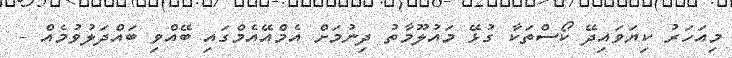
މިއަހަރު ކިޔަވައިދޭ ކޯސްތަކާ ގުޅޭ މައުލޫމާތު ދިނުމަށް އެމްއޭއެމްގައި ބޭއްވި ބައްދަލުވުމެއް -